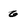
Character: 6